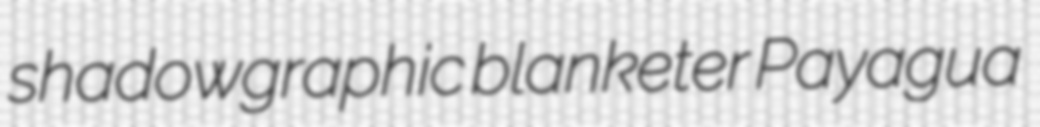
shadowgraphic blanketer Payagua